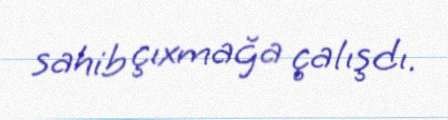
sahib çıxmağa çalışdı.